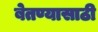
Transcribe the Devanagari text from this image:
बेतण्यासाठी